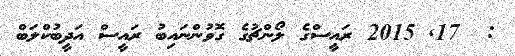
:  17